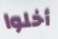
أخلوا